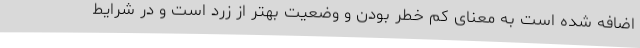
اضافه شده است به معنای کم خطر بودن و وضعیت بهتر از زرد است و در شرایط